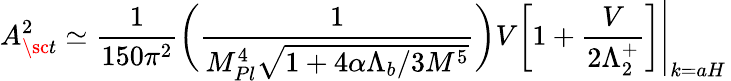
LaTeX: A_{\sc t}^{2}\simeq\frac{1}{150\pi^{2}}\bigg(\frac{1}{M_{Pl}^{4}\sqrt{1+4\alpha\Lambda_{b}/3M^{5}}}\bigg)V\left.\left[1+\frac{V}{2\Lambda_{2}^{+}}\right]\right|_{k=aH}\,